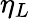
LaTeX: \eta_{L}